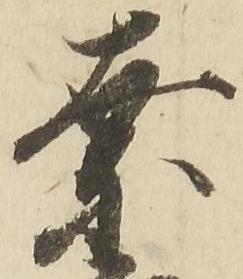
奈